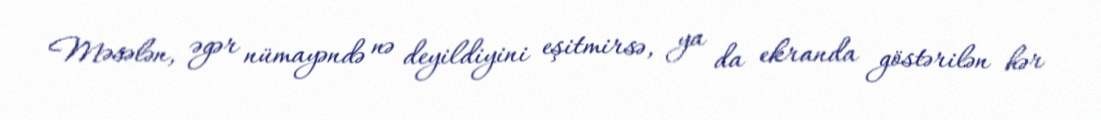
Məsələn, əgər nümayəndə nə deyildiyini eşitmirsə, ya da ekranda göstərilən hər